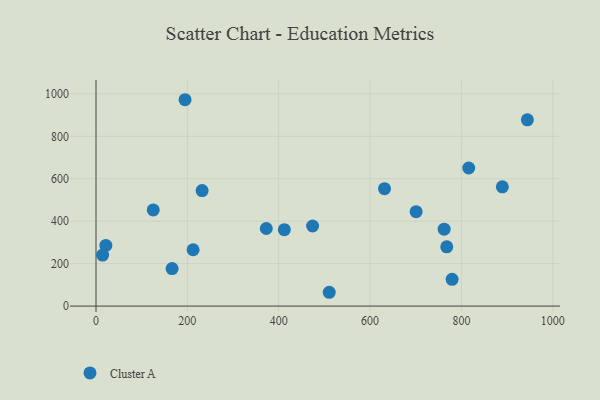
{"axis": {"x": "Ad Spend", "y": "Exam Score"}, "legend": ["Cluster A"], "data": [{"x": "474.2", "y": 377.4, "type": "Cluster A"}, {"x": "212.6", "y": 265.5, "type": "Cluster A"}, {"x": "779.6", "y": 126.3, "type": "Cluster A"}, {"x": "14.5", "y": 240.5, "type": "Cluster A"}, {"x": "631.6", "y": 553.5, "type": "Cluster A"}, {"x": "125.3", "y": 453.3, "type": "Cluster A"}, {"x": "166.6", "y": 177.0, "type": "Cluster A"}, {"x": "372.8", "y": 365.6, "type": "Cluster A"}, {"x": "816.0", "y": 650.6, "type": "Cluster A"}, {"x": "944.4", "y": 877.8, "type": "Cluster A"}, {"x": "700.8", "y": 445.0, "type": "Cluster A"}, {"x": "762.2", "y": 362.4, "type": "Cluster A"}, {"x": "21.6", "y": 285.8, "type": "Cluster A"}, {"x": "232.3", "y": 544.5, "type": "Cluster A"}, {"x": "412.3", "y": 360.3, "type": "Cluster A"}, {"x": "194.9", "y": 972.4, "type": "Cluster A"}, {"x": "767.9", "y": 279.4, "type": "Cluster A"}, {"x": "510.6", "y": 65.1, "type": "Cluster A"}, {"x": "889.6", "y": 562.2, "type": "Cluster A"}]}